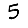
Digit: 5